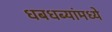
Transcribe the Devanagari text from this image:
धबधब्यांमध्ये